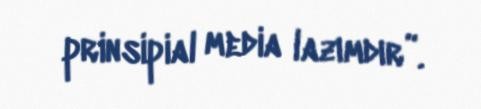
prinsipial media lazımdır”.